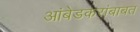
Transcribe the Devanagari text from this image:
आंबेडकरांबाबत